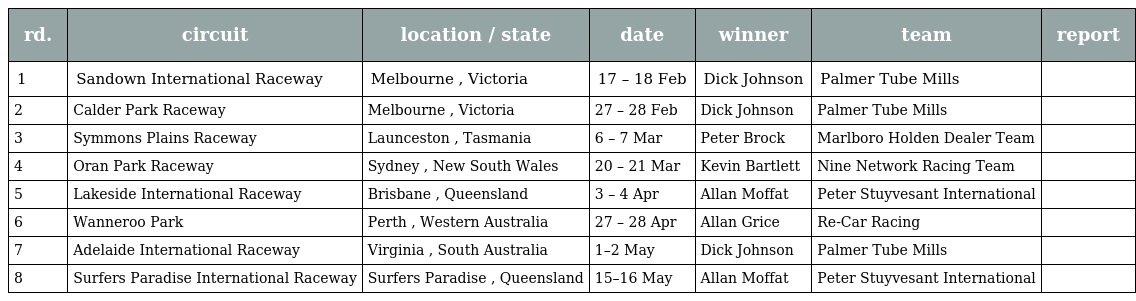
| rd. | circuit | location / state | date | winner | team | report |
 | --- | --- | --- | --- | --- | --- | --- |
 | 1 | Sandown International Raceway | Melbourne , Victoria | 17 – 18 Feb | Dick Johnson | Palmer Tube Mills |  |
 | 2 | Calder Park Raceway | Melbourne , Victoria | 27 – 28 Feb | Dick Johnson | Palmer Tube Mills |  |
 | 3 | Symmons Plains Raceway | Launceston , Tasmania | 6 – 7 Mar | Peter Brock | Marlboro Holden Dealer Team |  |
 | 4 | Oran Park Raceway | Sydney , New South Wales | 20 – 21 Mar | Kevin Bartlett | Nine Network Racing Team |  |
 | 5 | Lakeside International Raceway | Brisbane , Queensland | 3 – 4 Apr | Allan Moffat | Peter Stuyvesant International |  |
 | 6 | Wanneroo Park | Perth , Western Australia | 27 – 28 Apr | Allan Grice | Re-Car Racing |  |
 | 7 | Adelaide International Raceway | Virginia , South Australia | 1–2 May | Dick Johnson | Palmer Tube Mills |  |
 | 8 | Surfers Paradise International Raceway | Surfers Paradise , Queensland | 15–16 May | Allan Moffat | Peter Stuyvesant International |  |